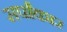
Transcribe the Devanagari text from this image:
सर्पांकार